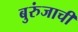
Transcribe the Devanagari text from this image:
बुरुंजाची